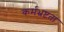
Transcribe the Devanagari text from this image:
कर्मभ्रष्टता